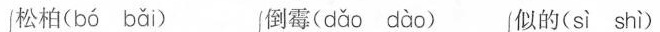
松柏( bó bǎi ) 倒霉( dǎo dào ) 似的( sì shì )